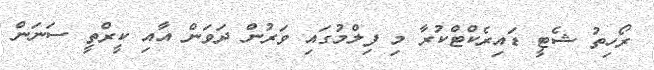
ރޯހިތު ޝެޓީ ޑައިރެކްޓްކުރާ މި ފިލްމުގައި ވަރުން ދަވަން އާއި ކީރްތީ ސަނަން